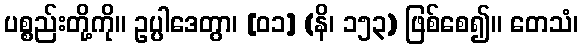
ပစ္စည်းတို့ကို။ ဥပ္ပါဒေတွာ၊ [၀၁] (နိ၊ ၁၅၃) ဖြစ်စေ၍။ တေသံ၊